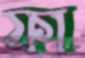
ফা